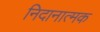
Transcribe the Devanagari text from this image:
निदानात्‍मक